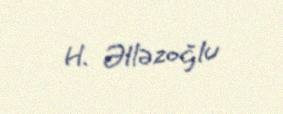
H. Əlləzoğlu